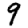
Digit: 9